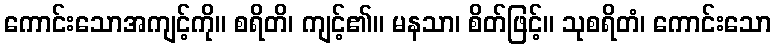
ကောင်းသောအကျင့်ကို။ စရိတိ၊ ကျင့်၏။ မနသာ၊ စိတ်ဖြင့်။ သုစရိတံ၊ ကောင်းသော